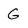
Character: G